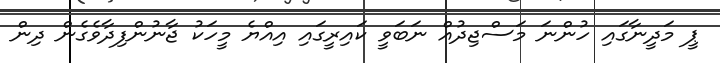
ޕީ މަދީނާގައި ހުންނަ މަސްޖިދުއް ނަބަވީ ކައިރީގައި އިއްޔެ މީހަކު ޖާނުންފިދާވެގެން ދިން